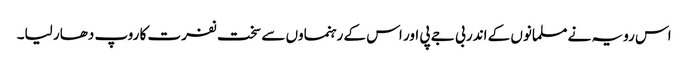
اس رویہ نے مسلمانوں کے اندر بی جے پی اور اس کے رہنماوں سے سخت نفرت کا روپ دھار لیا۔